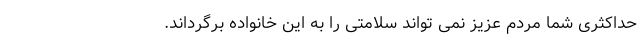
حداکثری شما مردم عزیز نمی تواند سلامتی را به این خانواده برگرداند.